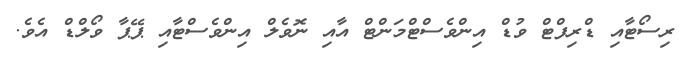
ރިސޯޓާއި ޑްރިފްޓް ވުޑް އިންވެސްޓްމަންޓް އާއި ނޮވެލް އިންވެސްޓާއި ޕޭޕާ ވޯލްޑް އެވެ.